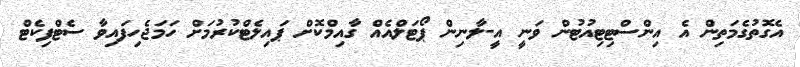
އެގޮތުގެމަތިން އެ އިންސްޓިޓިއުޓުން ވަނީ އީ-ލާނިން ޕޯޓަލްއެއް ގާއިމްކޮށް ޕައިލެޓްކުރުމަށް ހަމަޖެހިފައިވާ ސެޓްފިކެޓް